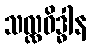
သလ္လဝိဒ္ဓါန